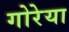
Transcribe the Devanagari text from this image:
गोरेया